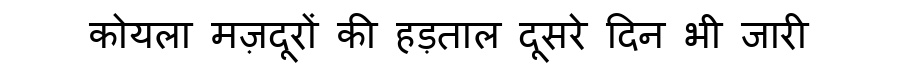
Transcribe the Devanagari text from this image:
कोयला मज़दूरों की हड़ताल दूसरे दिन भी जारी